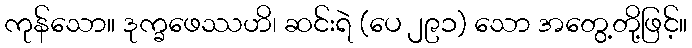
ကုန်သော။ ဒုက္ခဖေဿဟိ၊ ဆင်းရဲ (ပေ ၂၉၁) သော အတွေ့တို့ဖြင့်။